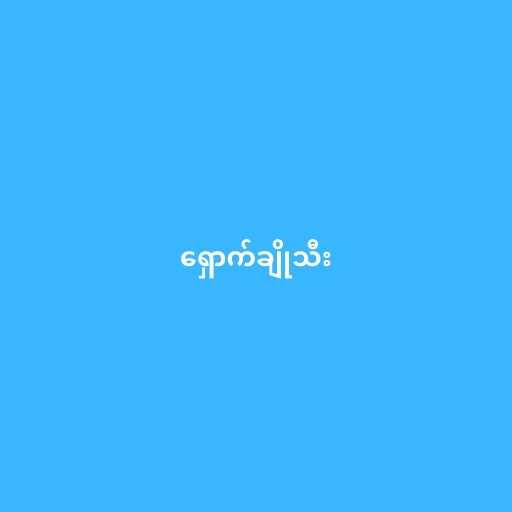
ရှောက်ချိုသီး